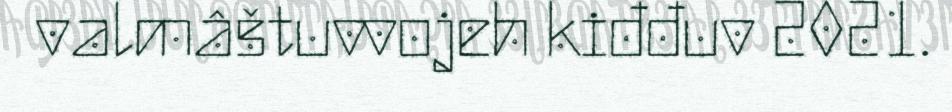
valmâštuvvojeh kiđđuv 2021.